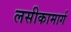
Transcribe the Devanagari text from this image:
लसीकामार्ग